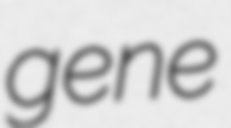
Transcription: gene